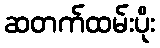
ဆတက်ထမ်းပိုး